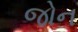
જોન